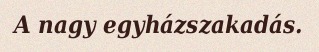
A nagy egyházszakadás.